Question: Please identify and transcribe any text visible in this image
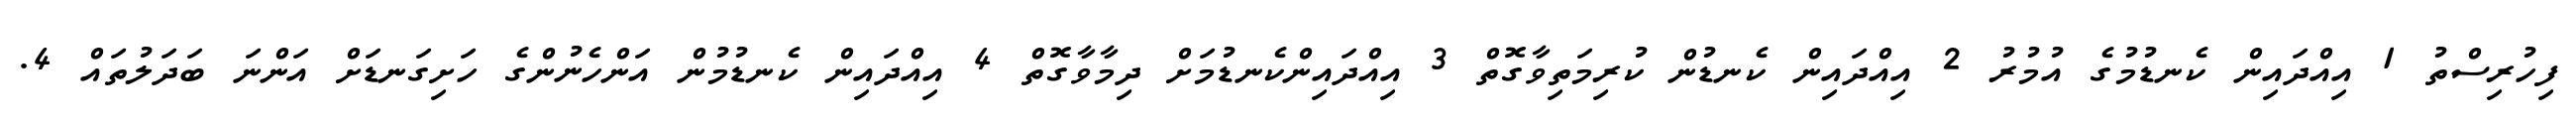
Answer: ފިހުރިސްތު 1 އިއްދައިން ކެނޑުމުގެ އުމުރު 2 އިއްދައިން ކެނޑުން ކުރިމަތިވާގޮތް 3 އިއްދައިންކެނޑުމަށް ދިމާވާގޮތް 4 އިއްދައިން ކެނޑުމުން އަންހެނުންގެ ހަށިގަނޑަށް އަންނަ ބަދަލުތައް 4.